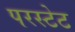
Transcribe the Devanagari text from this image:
परस्टेट